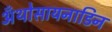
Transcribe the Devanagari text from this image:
अँथोसायनाडिन